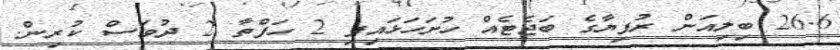
26.6 ބިލިއަން ރުފިޔާގެ ބަޖެޓެއް ހުށަހަޅައިފި 2 ހަފްތާ 2 ދުވަސް ކުރިން.